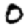
Digit: 0